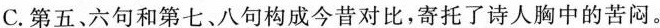
C. 第五、六句和第七、八句构成今昔对比，寄托了诗人胸中的苦闷。